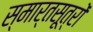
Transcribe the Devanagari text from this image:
स्मार्तसूत्रों